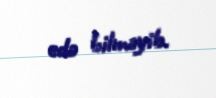
edə bilməyib.